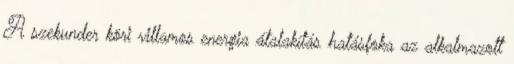
A szekunder köri villamos energia átalakítás hatásfoka az alkalmazott